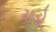
ચડો